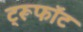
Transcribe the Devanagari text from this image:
ट्रूफॉट